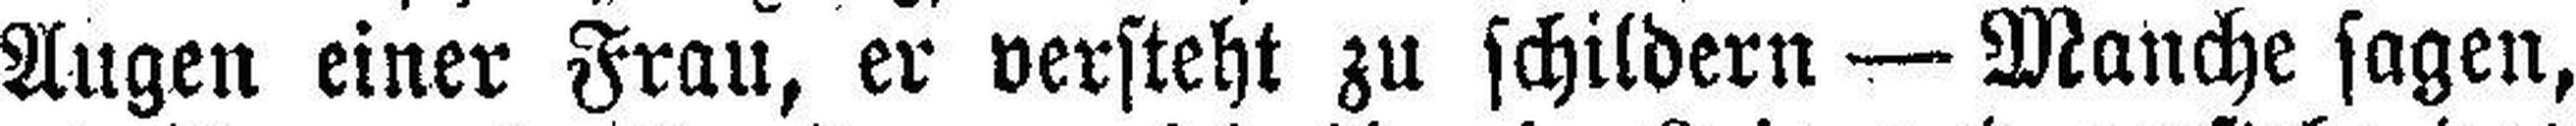
Augen einer Frau, er versteht zu schildern — Manche sagen,